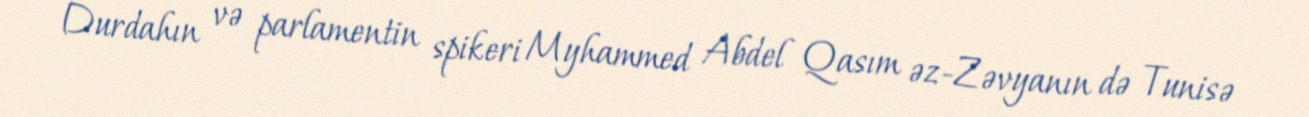
Durdahın və parlamentin spikeri Myhammed Abdel Qasım əz-Zəvyanın də Tunisə